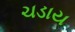
ચડાય